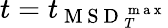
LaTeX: t=t_{\mathrm{~M~S~D~}_{T}^{\mathrm{~m~a~x~}}}